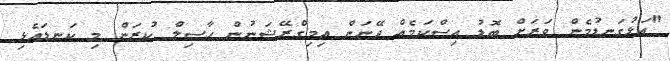
"އަޅުގަނޑުމެން ވަރަށް ބޮޑު އިސްކަމެއް ދޭނަން އިމިގްރޭޝަނުން ހާސިލް ކުރަން މި ކަނޑައެޅި